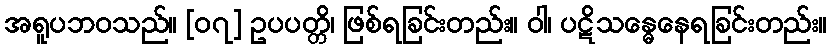
အရူပဘဝသည်။ [၀၇] ဥပပတ္တိ၊ ဖြစ်ရခြင်းတည်း။ ဝါ၊ ပဋိသန္ဓေနေရခြင်းတည်း။